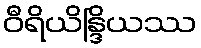
ဝီရိယိန္ဒြိယဿ